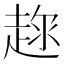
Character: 𧼇